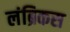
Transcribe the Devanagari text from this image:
लंब्रिकस